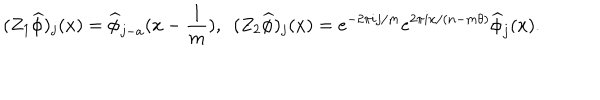
LaTeX: ( Z _ { 1 } \widehat { \phi } ) _ { j } ( x ) = \widehat { \phi } _ { j - a } ( x - \frac { 1 } { m } ) , ~ ~ ( Z _ { 2 } \widehat { \phi } ) _ { j } ( x ) = e ^ { - 2 \pi i j / m } e ^ { 2 \pi i x / ( n - m \theta ) } \widehat { \phi } _ { j } ( x ) .